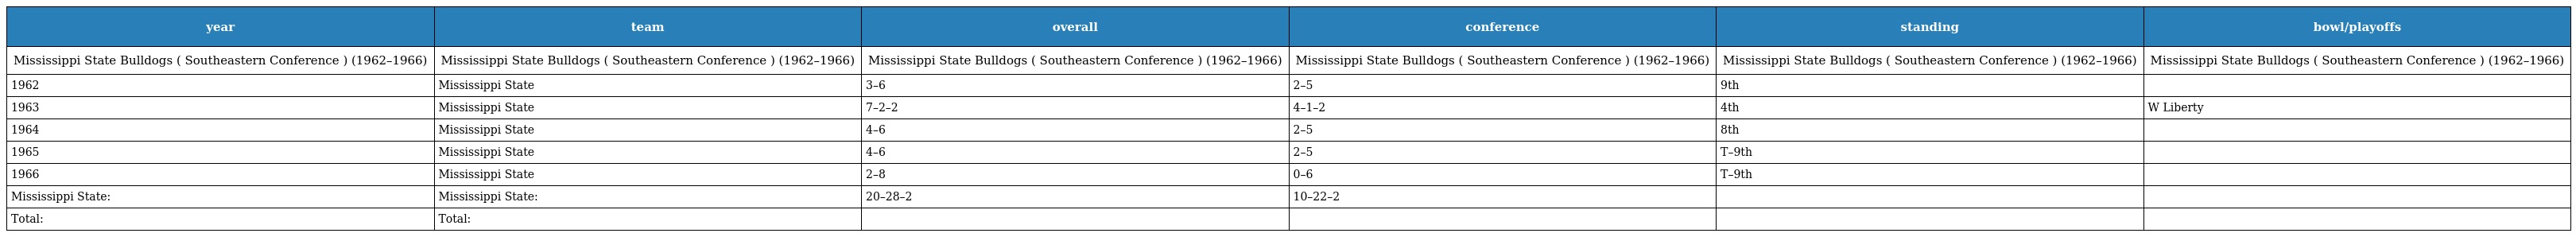
| year | team | overall | conference | standing | bowl/playoffs |
 | --- | --- | --- | --- | --- | --- |
 | Mississippi State Bulldogs ( Southeastern Conference ) (1962–1966) | Mississippi State Bulldogs ( Southeastern Conference ) (1962–1966) | Mississippi State Bulldogs ( Southeastern Conference ) (1962–1966) | Mississippi State Bulldogs ( Southeastern Conference ) (1962–1966) | Mississippi State Bulldogs ( Southeastern Conference ) (1962–1966) | Mississippi State Bulldogs ( Southeastern Conference ) (1962–1966) |
 | 1962 | Mississippi State | 3–6 | 2–5 | 9th |  |
 | 1963 | Mississippi State | 7–2–2 | 4–1–2 | 4th | W Liberty |
 | 1964 | Mississippi State | 4–6 | 2–5 | 8th |  |
 | 1965 | Mississippi State | 4–6 | 2–5 | T–9th |  |
 | 1966 | Mississippi State | 2–8 | 0–6 | T–9th |  |
 | Mississippi State: | Mississippi State: | 20–28–2 | 10–22–2 |  |  |
 | Total: | Total: |  |  |  |  |